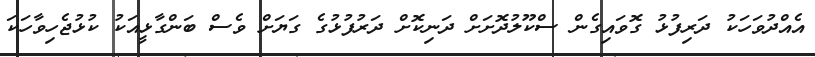
އެއްދުވަހަކު ދަރިފުޅު ގޮވައިގެން ސްކޫލުދޮށަށް ދަނިކޮށް ދަރުފުޅުގެ ގަޔަށް ވެސް ބަންގާޅީއަކު ކުޅުޖެހިވާހަކަ